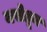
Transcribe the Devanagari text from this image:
नसेतून